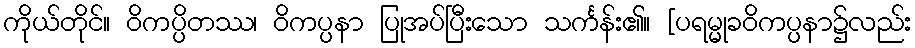
ကိုယ်တိုင်။ ဝိကပ္ပိတဿ၊ ဝိကပ္ပနာ ပြုအပ်ပြီးသော သင်္ကန်း၏။ [ပရမ္မုခဝိကပ္ပနာ၌လည်း